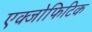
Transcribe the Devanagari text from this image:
एक्जोफिटिक